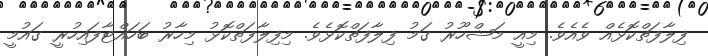
ފިލާފަތްކޮޅެއް ވެއެވެ. މިއީ މަޝްހޫރު ގަމު ފިލާފަތްކޮޅެވެ. މިފިލާފަތްކޮޅު މިހާރު ބަހައްޓާފައިހުރީ ގައުމީ